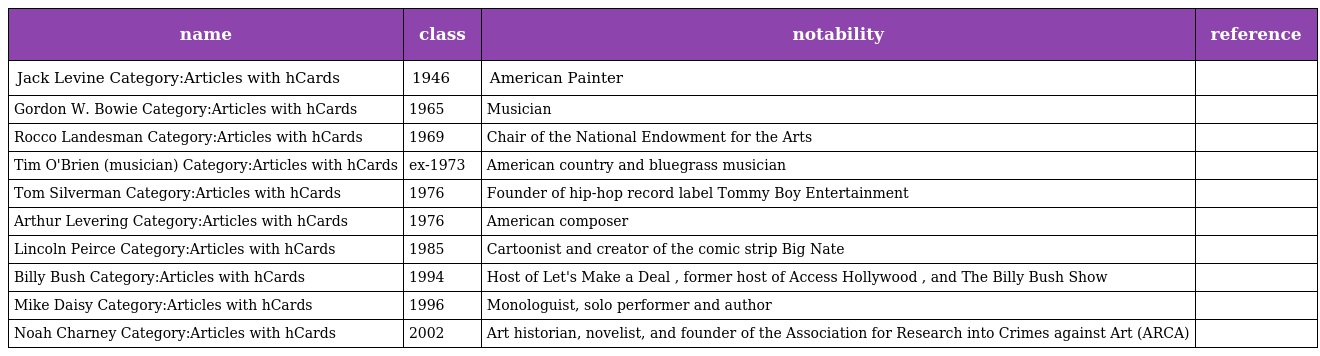
| name | class | notability | reference |
 | --- | --- | --- | --- |
 | Jack Levine Category:Articles with hCards | 1946 | American Painter |  |
 | Gordon W. Bowie Category:Articles with hCards | 1965 | Musician |  |
 | Rocco Landesman Category:Articles with hCards | 1969 | Chair of the National Endowment for the Arts |  |
 | Tim O'Brien (musician) Category:Articles with hCards | ex-1973 | American country and bluegrass musician |  |
 | Tom Silverman Category:Articles with hCards | 1976 | Founder of hip-hop record label Tommy Boy Entertainment |  |
 | Arthur Levering Category:Articles with hCards | 1976 | American composer |  |
 | Lincoln Peirce Category:Articles with hCards | 1985 | Cartoonist and creator of the comic strip Big Nate |  |
 | Billy Bush Category:Articles with hCards | 1994 | Host of Let's Make a Deal , former host of Access Hollywood , and The Billy Bush Show |  |
 | Mike Daisy Category:Articles with hCards | 1996 | Monologuist, solo performer and author |  |
 | Noah Charney Category:Articles with hCards | 2002 | Art historian, novelist, and founder of the Association for Research into Crimes against Art (ARCA) |  |